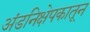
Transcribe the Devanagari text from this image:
अंडनिक्षेपकातून